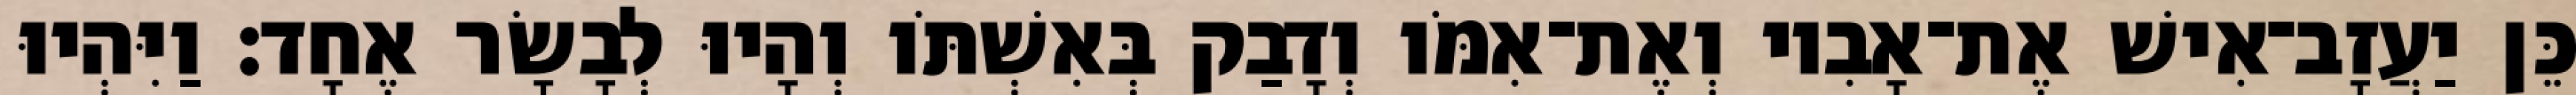
כֵּן יַעֲזָב־אִישׁ אֶת־אָבִיו וְאֶת־אִמֹּו וְדָבַק בְּאִשְׁתֹּו וְהָיוּ לְבָשָׂר אֶחָד׃ וַיִּהְיוּ